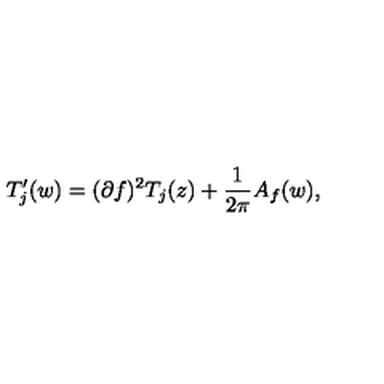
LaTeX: T _ { j } ^ { \prime } ( w ) = ( \partial f ) ^ { 2 } T _ { j } ( z ) + { \frac { 1 } { 2 \pi } } A _ { f } ( w ) ,